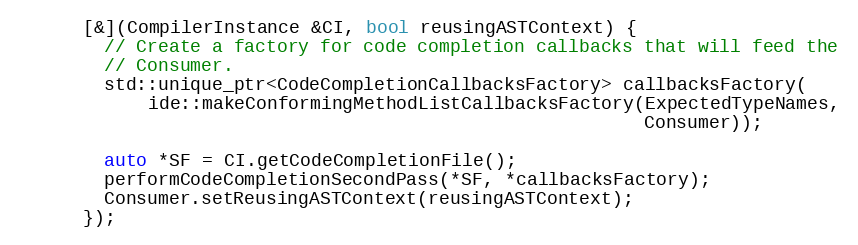
Language: C++
      [&](CompilerInstance &CI, bool reusingASTContext) {
        // Create a factory for code completion callbacks that will feed the
        // Consumer.
        std::unique_ptr<CodeCompletionCallbacksFactory> callbacksFactory(
            ide::makeConformingMethodListCallbacksFactory(ExpectedTypeNames,
                                                          Consumer));

        auto *SF = CI.getCodeCompletionFile();
        performCodeCompletionSecondPass(*SF, *callbacksFactory);
        Consumer.setReusingASTContext(reusingASTContext);
      });